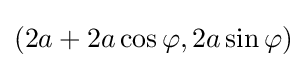
(2a+2a\cos \varphi ,2a\sin \varphi )